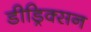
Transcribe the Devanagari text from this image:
डीड्रिक्सन